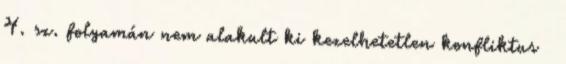
4. sz. folyamán nem alakult ki kezelhetetlen konfliktus 